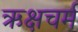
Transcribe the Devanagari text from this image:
ऋक्षचर्म